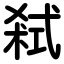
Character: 弒